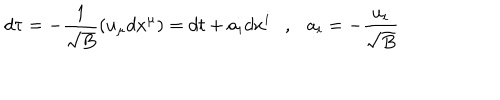
LaTeX: d \tau = - { \frac { 1 } { \sqrt { B } } } ( u _ { \mu } d x ^ { \mu } ) = d t + a _ { i } d x ^ { i } , a _ { i } = - { \frac { u _ { i } } { \sqrt { B } } }